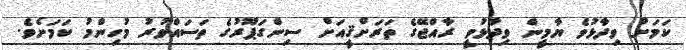
ކަމަށް ވިދާޅުވެ ޔާމީން ވިދާޅުވީ ރާއްޖޭގެ ތަރަށްޤީއަށް ސިންގަޕޫރުގެ ތަސައްވުރު މުހިންމު ކަމަށެވެ.